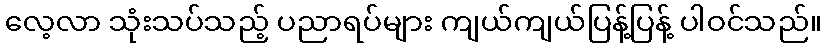
လေ့လာ သုံးသပ်သည့် ပညာရပ်များ ကျယ်ကျယ်ပြန့်ပြန့် ပါဝင်သည်။